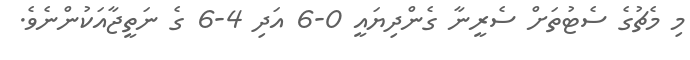
މި މެޗުގެ ސެޓުތަށް ސެރީނާ ގެންދިޔައީ 0-6 އަދި 4-6 ގެ ނަތީޖާއަކުންނެވެ.